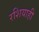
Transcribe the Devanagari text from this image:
रशियाही